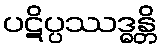
ပဋိပ္ပဿဒ္ဓန္တိ